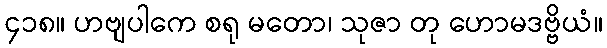
၄၁၈။ ဟဗျပါကေ စရု မတော၊ သုဇာ တု ဟောမဒဗ္ဗိယံ။